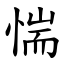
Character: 惴